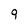
Character: 9